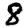
Digit: 8